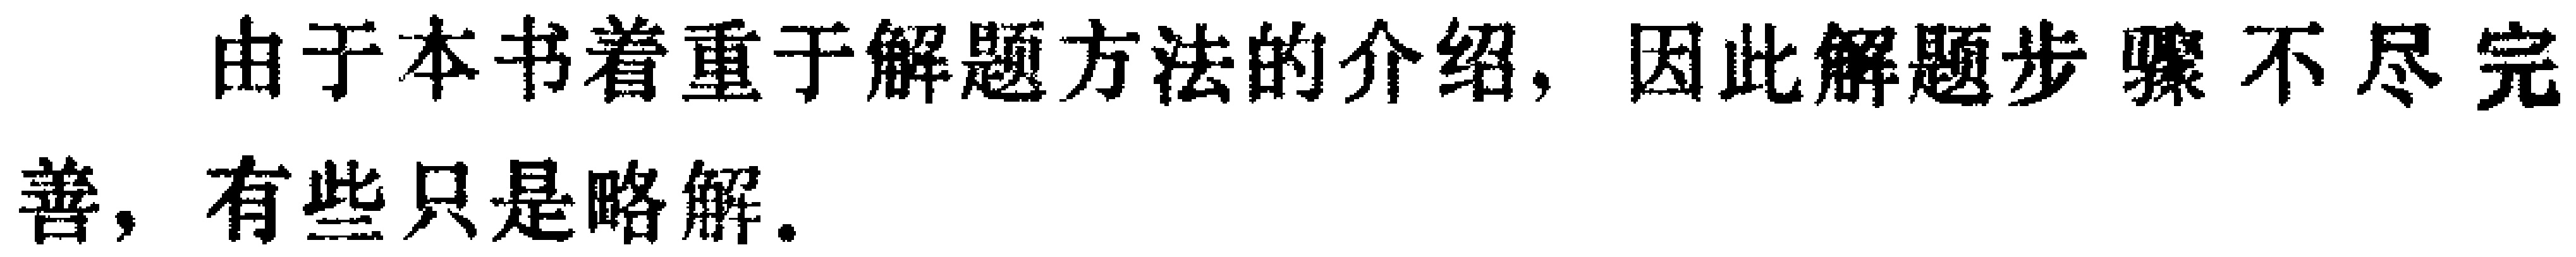
由于本书着重于解题方法的介绍，因此解题步骤不尽完善，有些只是略解。